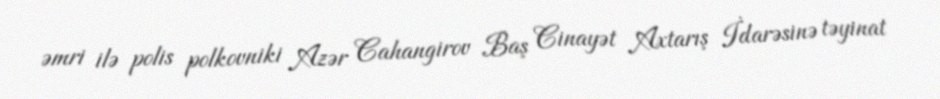
əmri ilə polis polkovniki Azər Cahangirov Baş Cinayət Axtarış İdarəsinə təyinat